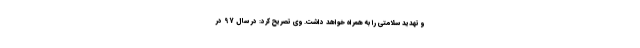
و تهدید سلامتی را به همراه خواهد داشت. وی تصریح کرد:‌ در سال 97 در